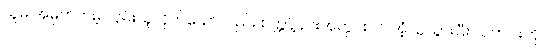
သူမ အမှတ်တမဲ့ လှမ်းယူလိုက်သော်လည်း စက္ကန့်ပိုင်းအတွင်းပင် အံ့ဩသွားပြီး လက်ဝါးကို